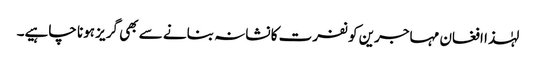
لہٰذا افغان مہاجرین کو نفرت کا نشانہ بنانے سے بھی گریز ہونا چاہیے۔